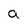
Character: a